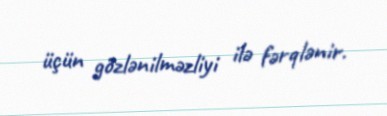
üçün gözlənilməzliyi ilə fərqlənir.